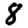
Digit: 8